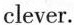
clever.